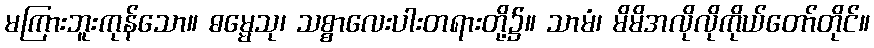
မကြားဘူးကုန်သော။ ဓမ္မေသု၊ သစ္စာလေးပါးတရားတို့၌။ သာမံ၊ မိမိအလိုလိုကိုယ်တော်တိုင်။